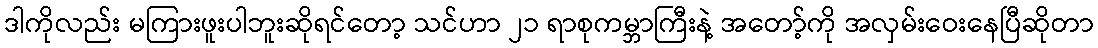
ဒါကိုလည်း မကြားဖူးပါဘူးဆိုရင်တော့ သင်ဟာ ၂၁ ရာစုကမ္ဘာကြီးနဲ့ အတော့်ကို အလှမ်းဝေးနေပြီဆိုတာ